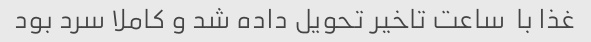
غذا با  ساعت تاخیر تحویل داده شد و کاملا سرد بود